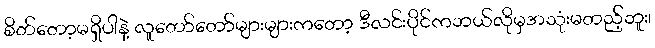
စိတ်တော့မရှိပါနဲ့ လူတော်တော်များများကတော့ ဒီလင်းပိုင်ကဘယ်လိုမှအသုံးမတည့်ဘူး၊